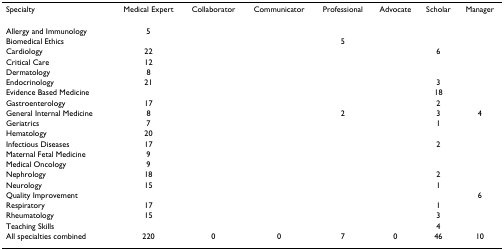
<table><thead><tr><td><b>Specialty</b></td><td><b>Medical Expert</b></td><td><b>Collaborator</b></td><td><b>Communicator</b></td><td><b>Professional</b></td><td><b>Advocate</b></td><td><b>Scholar</b></td><td><b>Manager</b></td></tr></thead><tbody><tr><td>Allergy and Immunology</td><td>5</td><td></td><td></td><td></td><td></td><td></td><td></td></tr><tr><td>Biomedical Ethics</td><td></td><td></td><td></td><td>5</td><td></td><td></td><td></td></tr><tr><td>Cardiology</td><td>22</td><td></td><td></td><td></td><td></td><td>6</td><td></td></tr><tr><td>Critical Care</td><td>12</td><td></td><td></td><td></td><td></td><td></td><td></td></tr><tr><td>Dermatology</td><td>8</td><td></td><td></td><td></td><td></td><td></td><td></td></tr><tr><td>Endocrinology</td><td>21</td><td></td><td></td><td></td><td></td><td>3</td><td></td></tr><tr><td>Evidence Based Medicine</td><td></td><td></td><td></td><td></td><td></td><td>18</td><td></td></tr><tr><td>Gastroenterology</td><td>17</td><td></td><td></td><td></td><td></td><td>2</td><td></td></tr><tr><td>General Internal Medicine</td><td>8</td><td></td><td></td><td>2</td><td></td><td>3</td><td>4</td></tr><tr><td>Geriatrics</td><td>7</td><td></td><td></td><td></td><td></td><td>1</td><td></td></tr><tr><td>Hematology</td><td>20</td><td></td><td></td><td></td><td></td><td></td><td></td></tr><tr><td>Infectious Diseases</td><td>17</td><td></td><td></td><td></td><td></td><td>2</td><td></td></tr><tr><td>Maternal Fetal Medicine</td><td>9</td><td></td><td></td><td></td><td></td><td></td><td></td></tr><tr><td>Medical Oncology</td><td>9</td><td></td><td></td><td></td><td></td><td></td><td></td></tr><tr><td>Nephrology</td><td>18</td><td></td><td></td><td></td><td></td><td>2</td><td></td></tr><tr><td>Neurology</td><td>15</td><td></td><td></td><td></td><td></td><td>1</td><td></td></tr><tr><td>Quality Improvement</td><td></td><td></td><td></td><td></td><td></td><td></td><td>6</td></tr><tr><td>Respiratory</td><td>17</td><td></td><td></td><td></td><td></td><td>1</td><td></td></tr><tr><td>Rheumatology</td><td>15</td><td></td><td></td><td></td><td></td><td>3</td><td></td></tr><tr><td>Teaching Skills</td><td></td><td></td><td></td><td></td><td></td><td>4</td><td></td></tr><tr><td>All specialties combined</td><td>220</td><td>0</td><td>0</td><td>7</td><td>0</td><td>46</td><td>10</td></tr></tbody></table>